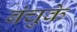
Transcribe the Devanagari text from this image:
बंचुके